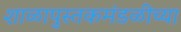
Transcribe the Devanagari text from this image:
शाळापुस्तकमंडळीच्या